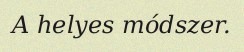
A helyes módszer.